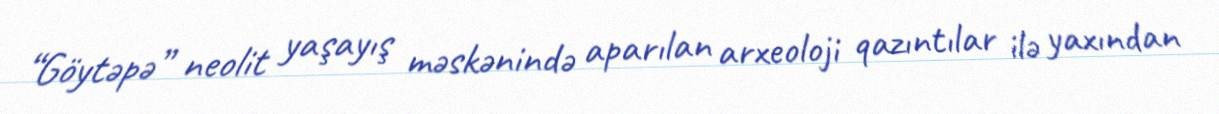
“Göytəpə” neolit yaşayış məskənində aparılan arxeoloji qazıntılar ilə yaxından